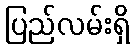
ပြည်လမ်းရှိ